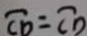
\overline { C D } = \overline { C D }